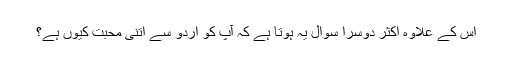
اس کے علاوہ اکثر دوسرا سوال یہ ہوتا ہے کہ آپ کو اردو سے اتنی محبت کیوں ہے؟